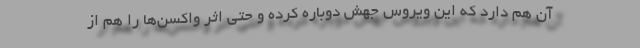
آن هم دارد که این ویروس جهش دوباره کرده و حتی اثر واکسن‌ها را هم از